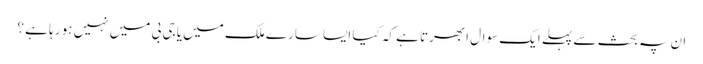
ان پہ بحث سے پہلے ایک سوال ابھرتا ہے کہ کیا ایسا سارے ملک میں یا جی بی میں نہیں ہو رہا ہے ؟